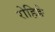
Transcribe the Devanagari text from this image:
रोहिङे